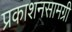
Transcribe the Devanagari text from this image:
प्रकाशनसामग्री